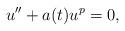
LaTeX: \begin{align*}u'' + a(t) u^{p} = 0,\end{align*}